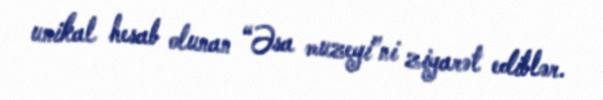
unikal hesab olunan “Əsa muzeyi”ni ziyarət ediblər.